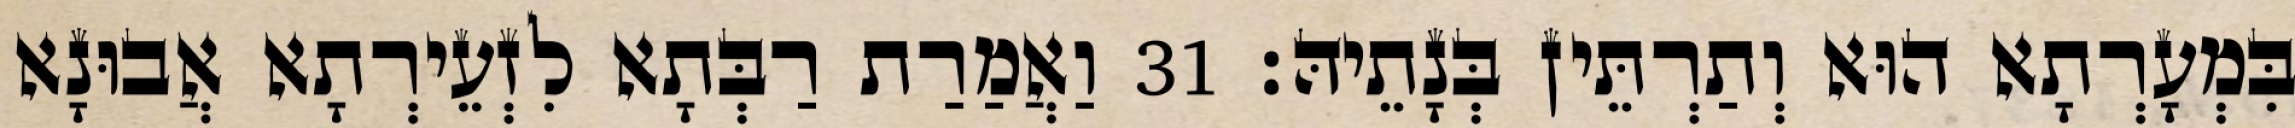
בִּמְעָרְתָא הוּא וְתַרְתֵּין בְּנָתֵיהּ׃ 31 וַאֲמַרַת רַבְּתָא לִזְעֵירְתָא אֲבוּנָא